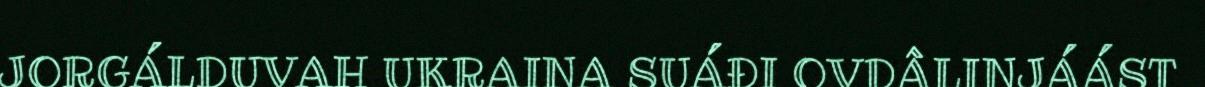
JORGÁLDUVAH UKRAINA SUÁĐI OVDÂLINJÁÁST